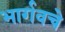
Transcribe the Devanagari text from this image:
भार्गवचे